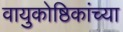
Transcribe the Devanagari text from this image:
वायुकोष्ठिकांच्या